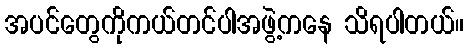
အပင်တွေကိုကယ်တင်ပါအဖွဲ့ကနေ သိရပါတယ်။